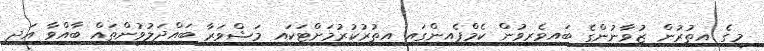
މީގެ އިތުރުން ޒުވާނުންގެ ބައިވެރިވުން ކެމްޕެއިންގައި އިތުރުކުރުމަށްޓަކައި މަޝްވަރާ ބައްދަލުވުންތައް ބާއްވާ އަދި